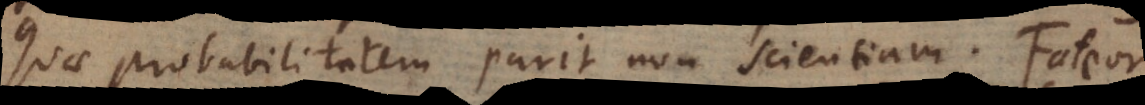
quae probabilitatem parit non scientiam. Fateor